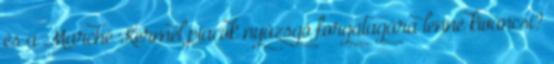
és a Marché Kermel piacok nyüzsgő forgatagára lenne kíváncsi?